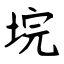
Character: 垸